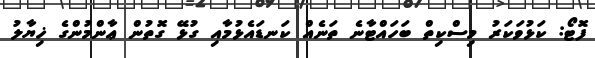
ފޮޓޯ: ކަޅުވަކަރު މިސްކިތް ބަހައްޓާނެ ތަނެއް ކަނޑައެޅުމާއި ގުޅޭ ގޮތުން ޢާންމުންގެ ޚިޔާލު